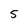
Character: 5